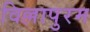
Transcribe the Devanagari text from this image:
विल्लापुरम